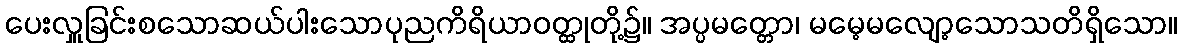
ပေးလှူခြင်းစသောဆယ်ပါးသောပုညကိရိယာဝတ္ထုတို့၌။ အပ္ပမတ္တော၊ မမေ့မလျော့သောသတိရှိသော။